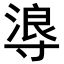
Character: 𭔻